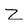
Character: Z